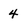
Character: 4